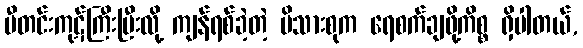
မီတင်းကုဋ်ကြီးပြီးလို့ ကျန်ရစ်ခဲ့တဲ့ မိသားစုက ရေစက်ချဖို့ကိစ္စ ရှိပါတယ်,